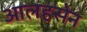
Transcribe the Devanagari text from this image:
आलहसेन